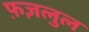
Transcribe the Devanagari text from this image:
फ़ज़लुल